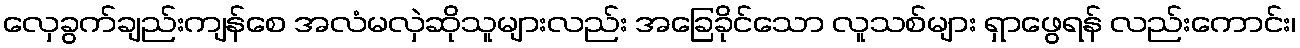
လှေခွက်ချည်းကျန်စေ အလံမလှဲဆိုသူများလည်း အခြေခိုင်သော လူသစ်များ ရှာဖွေရန် လည်းကောင်း၊